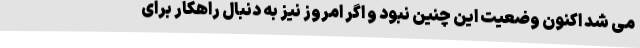
می شد اکنون وضعیت این چنین نبود و اگر امروز نیز به دنبال راهکار برای